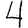
Digit: 4